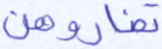
تضاروهن